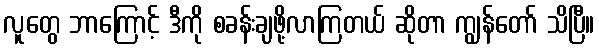
လူတွေ ဘာကြောင့် ဒီကို စခန်းချဖို့လာကြတယ် ဆိုတာ ကျွန်တော် သိပြီ။